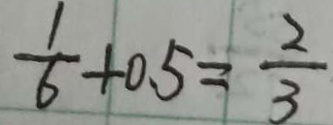
\frac { 1 } { 6 } + 0 . 5 = \frac { 2 } { 3 }